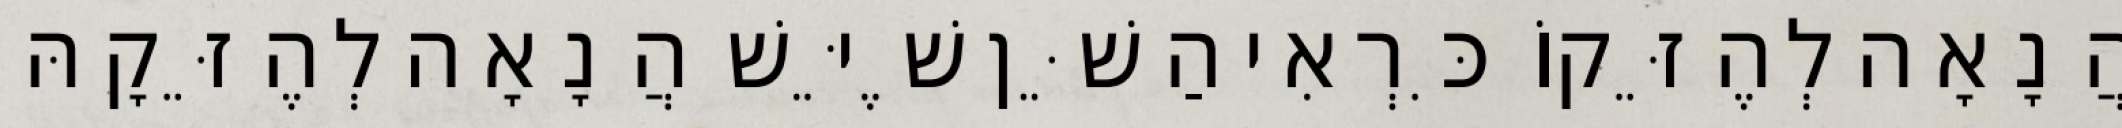
הֲנָאָה לְהֶזֵּקוֹ כִּרְאִי הַשֵּׁן שֶׁיֵּשׁ הֲנָאָה לְהֶזֵּקָהּ